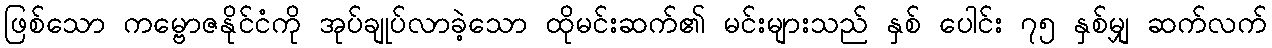
ဖြစ်သော ကမ္ဗောဇနိုင်ငံကို အုပ်ချုပ်လာခဲ့သော ထိုမင်းဆက်၏ မင်းများသည် နှစ် ပေါင်း ၇၅ နှစ်မျှ ဆက်လက်